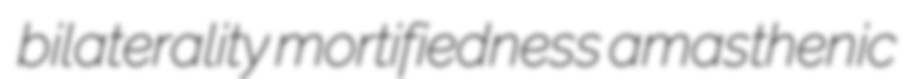
bilaterality mortifiedness amasthenic